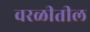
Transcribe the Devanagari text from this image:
वरळीतील